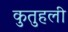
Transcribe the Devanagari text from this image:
कुतुहली